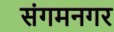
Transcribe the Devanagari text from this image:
संगमनगर